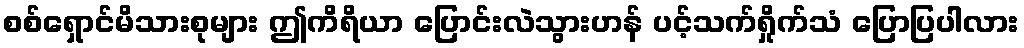
စစ်ရှောင်မိသားစုများ ဤကိရိယာ ပြောင်းလဲသွားဟန် ပင့်သက်ရှိုက်သံ ပြောပြပါလား